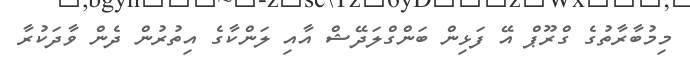
މިމުބާރާތުގެ ގްރޫޕް އޭ ފަޅިން ބަންގްލަދޭޝް އާއި ލަންކާގެ އިތުރުން ދެން ވާދަކުރާ